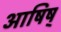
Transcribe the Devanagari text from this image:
आषिष्